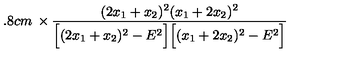
\makebox [ 2 . 8 c m ] { } \times \frac { ( 2 x _ { 1 } + x _ { 2 } ) ^ { 2 } ( x _ { 1 } + 2 x _ { 2 } ) ^ { 2 } } { \Big [ ( 2 x _ { 1 } + x _ { 2 } ) ^ { 2 } - E ^ { 2 } \Big ] \Big [ ( x _ { 1 } + 2 x _ { 2 } ) ^ { 2 } - E ^ { 2 } \Big ] }